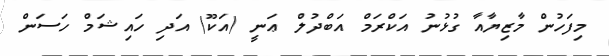
މިފަހުން މާޒިޔާއާ ގުޅުނު އަކްރަމް އަބްދުލް ޢަނީ (އަކޫ) އަދި ހައިޝަމް ހަސަން